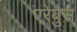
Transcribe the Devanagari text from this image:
एरेबुस